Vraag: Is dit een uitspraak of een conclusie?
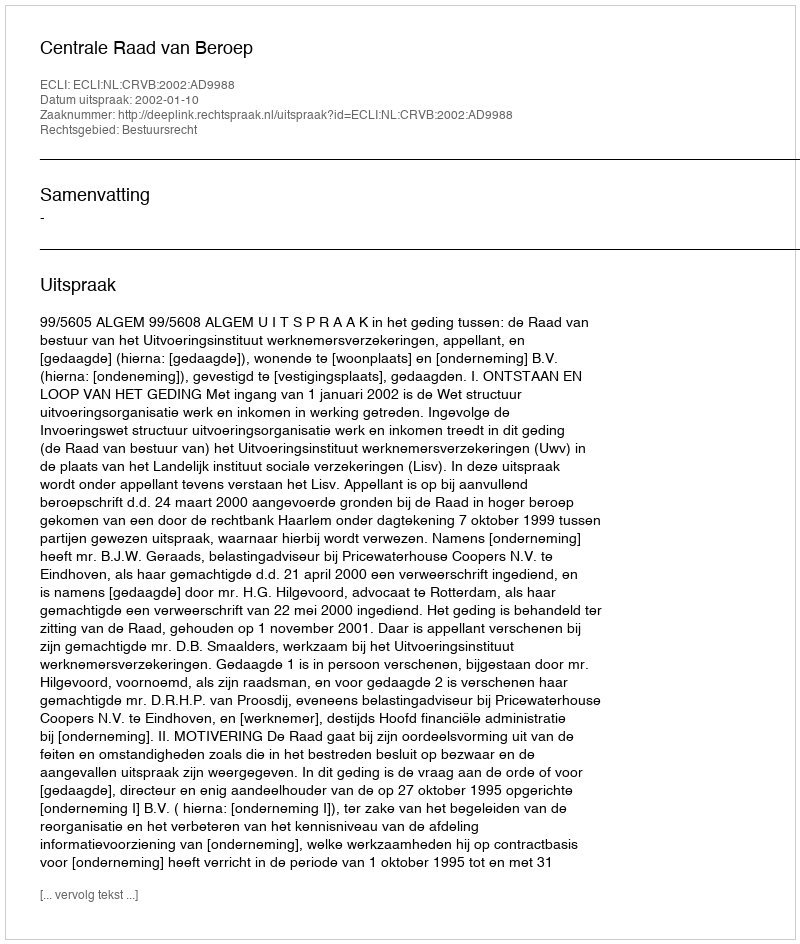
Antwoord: Uitspraak